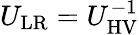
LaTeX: U_{\mathrm{LR}}=U_{\mathrm{HV}}^{-1}